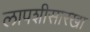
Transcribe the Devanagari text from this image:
लापशीसारखा